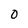
Character: 0